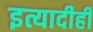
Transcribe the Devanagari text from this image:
इत्यादीही